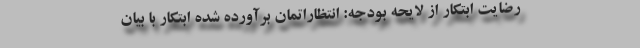
رضایت ابتکار از لایحه بودجه: انتظاراتمان برآورده شده ابتکار با بیان